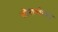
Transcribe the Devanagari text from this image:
सोनावरिया